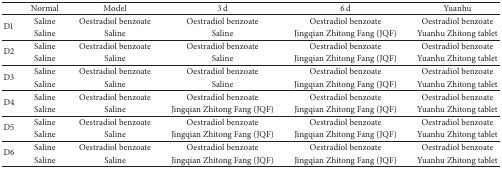
<table><thead><tr><td><b> </b></td><td><b>Normal</b></td><td><b>Model</b></td><td><b>3 d</b></td><td><b>6 d</b></td><td><b>Yuanhu</b></td></tr></thead><tbody><tr><td rowspan="2">D1</td><td>Saline</td><td>Oestradiol benzoate</td><td>Oestradiol benzoate</td><td>Oestradiol benzoate</td><td>Oestradiol benzoate</td></tr><tr><td>Saline</td><td>Saline</td><td>Saline</td><td>Jingqian Zhitong Fang (JQF)</td><td>Yuanhu Zhitong tablet</td></tr><tr><td rowspan="2">D2</td><td>Saline</td><td>Oestradiol benzoate</td><td>Oestradiol benzoate</td><td>Oestradiol benzoate</td><td>Oestradiol benzoate</td></tr><tr><td>Saline</td><td>Saline</td><td>Saline</td><td>Jingqian Zhitong Fang (JQF)</td><td>Yuanhu Zhitong tablet</td></tr><tr><td rowspan="2">D3</td><td>Saline</td><td>Oestradiol benzoate</td><td>Oestradiol benzoate</td><td>Oestradiol benzoate</td><td>Oestradiol benzoate</td></tr><tr><td>Saline</td><td>Saline</td><td>Saline</td><td>Jingqian Zhitong Fang (JQF)</td><td>Yuanhu Zhitong tablet</td></tr><tr><td rowspan="2">D4</td><td>Saline</td><td>Oestradiol benzoate</td><td>Oestradiol benzoate</td><td>Oestradiol benzoate</td><td>Oestradiol benzoate</td></tr><tr><td>Saline</td><td>Saline</td><td>Jingqian Zhitong Fang (JQF)</td><td>Jingqian Zhitong Fang (JQF)</td><td>Yuanhu Zhitong tablet</td></tr><tr><td rowspan="2">D5</td><td>Saline</td><td>Oestradiol benzoate</td><td>Oestradiol benzoate</td><td>Oestradiol benzoate</td><td>Oestradiol benzoate</td></tr><tr><td>Saline</td><td>Saline</td><td>Jingqian Zhitong Fang (JQF)</td><td>Jingqian Zhitong Fang (JQF)</td><td>Yuanhu Zhitong tablet</td></tr><tr><td rowspan="2">D6</td><td>Saline</td><td>Oestradiol benzoate</td><td>Oestradiol benzoate</td><td>Oestradiol benzoate</td><td>Oestradiol benzoate</td></tr><tr><td>Saline</td><td>Saline</td><td>Jingqian Zhitong Fang (JQF)</td><td>Jingqian Zhitong Fang (JQF)</td><td>Yuanhu Zhitong tablet</td></tr></tbody></table>